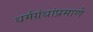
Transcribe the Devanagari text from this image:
धर्मग्रंथांप्रमाणे